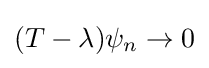
(T-\lambda )\psi _{n}\to 0